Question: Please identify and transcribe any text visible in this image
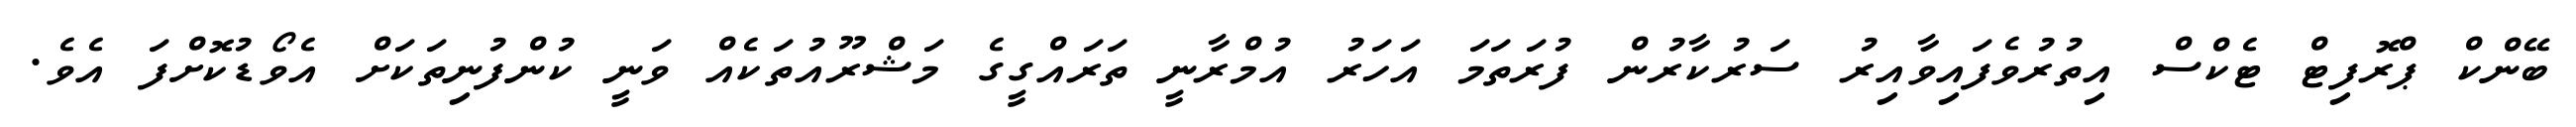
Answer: ބޭންކް ޕްރޮފިޓް ޓެކްސް އިތުރުވެފައިވާއިރު ސަރުކާރުން ފުރަތަމަ އަހަރު އުމްރާނީ ތަރައްގީގެ މަޝްރޫއުތަކެއް ވަނީ ކުންފުނިތަކަށް އެވޯޑުކޮށްފަ އެވެ.